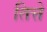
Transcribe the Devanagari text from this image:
तित्ते